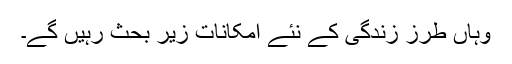
وہاں طرز زندگی کے نئے امکانات زیر بحث رہیں گے۔